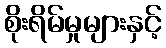
စိုးရိမ်မှုများနှင့်